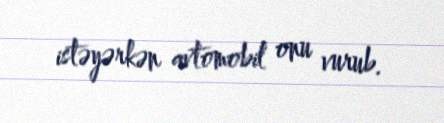
istəyərkən avtomobil onu vurub.